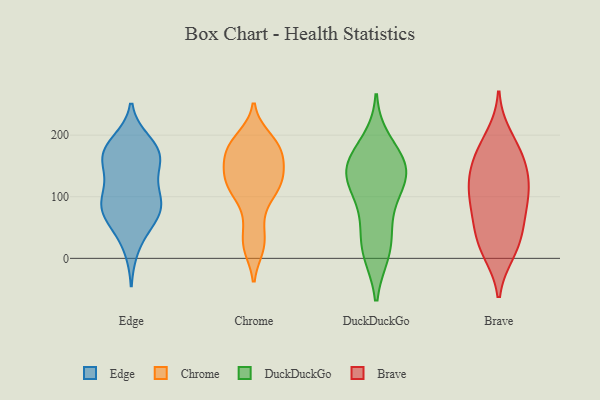
{"axis": {"x": "Market Share (%)", "y": "Value"}, "legend": ["Brave", "Chrome", "DuckDuckGo", "Edge"], "data": [{"x": "", "y": 175, "type": "Edge"}, {"x": "", "y": 156, "type": "Edge"}, {"x": "", "y": 60, "type": "Edge"}, {"x": "", "y": 129, "type": "Edge"}, {"x": "", "y": 63, "type": "Edge"}, {"x": "", "y": 96, "type": "Edge"}, {"x": "", "y": 174, "type": "Edge"}, {"x": "", "y": 17, "type": "Edge"}, {"x": "", "y": 95, "type": "Edge"}, {"x": "", "y": 84, "type": "Edge"}, {"x": "", "y": 65, "type": "Edge"}, {"x": "", "y": 158, "type": "Edge"}, {"x": "", "y": 177, "type": "Edge"}, {"x": "", "y": 189, "type": "Edge"}, {"x": "", "y": 105, "type": "Edge"}, {"x": "", "y": 162, "type": "Edge"}, {"x": "", "y": 85, "type": "Edge"}, {"x": "", "y": 186, "type": "Chrome"}, {"x": "", "y": 196, "type": "Chrome"}, {"x": "", "y": 168, "type": "Chrome"}, {"x": "", "y": 18, "type": "Chrome"}, {"x": "", "y": 108, "type": "Chrome"}, {"x": "", "y": 117, "type": "Chrome"}, {"x": "", "y": 126, "type": "Chrome"}, {"x": "", "y": 110, "type": "Chrome"}, {"x": "", "y": 24, "type": "Chrome"}, {"x": "", "y": 63, "type": "Chrome"}, {"x": "", "y": 144, "type": "Chrome"}, {"x": "", "y": 166, "type": "Chrome"}, {"x": "", "y": 143, "type": "Chrome"}, {"x": "", "y": 182, "type": "Chrome"}, {"x": "", "y": 156, "type": "DuckDuckGo"}, {"x": "", "y": 131, "type": "DuckDuckGo"}, {"x": "", "y": 34, "type": "DuckDuckGo"}, {"x": "", "y": 109, "type": "DuckDuckGo"}, {"x": "", "y": 188, "type": "DuckDuckGo"}, {"x": "", "y": 149, "type": "DuckDuckGo"}, {"x": "", "y": 10, "type": "DuckDuckGo"}, {"x": "", "y": 147, "type": "DuckDuckGo"}, {"x": "", "y": 10, "type": "DuckDuckGo"}, {"x": "", "y": 119, "type": "DuckDuckGo"}, {"x": "", "y": 152, "type": "DuckDuckGo"}, {"x": "", "y": 70, "type": "DuckDuckGo"}, {"x": "", "y": 134, "type": "Brave"}, {"x": "", "y": 107, "type": "Brave"}, {"x": "", "y": 198, "type": "Brave"}, {"x": "", "y": 96, "type": "Brave"}, {"x": "", "y": 52, "type": "Brave"}, {"x": "", "y": 174, "type": "Brave"}, {"x": "", "y": 12, "type": "Brave"}, {"x": "", "y": 144, "type": "Brave"}, {"x": "", "y": 69, "type": "Brave"}, {"x": "", "y": 152, "type": "Brave"}, {"x": "", "y": 173, "type": "Brave"}, {"x": "", "y": 110, "type": "Brave"}, {"x": "", "y": 104, "type": "Brave"}, {"x": "", "y": 24, "type": "Brave"}, {"x": "", "y": 10, "type": "Brave"}, {"x": "", "y": 52, "type": "Brave"}]}